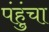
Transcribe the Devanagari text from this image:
पंहुंचा